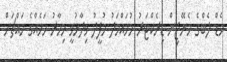
މެޑް ލެބްގެ މެނޭޖިން ޑިރެކްޓަރު މުހައްމަދު މުފީދު ވިދާޅުވީ މިހާރު މަހެއްގެ މައްޗަށް